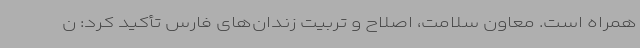
همراه است. معاون سلامت، اصلاح و تربیت زندان‌های فارس تأکید کرد: ن